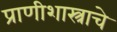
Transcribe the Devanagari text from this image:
प्राणीशास्त्राचे